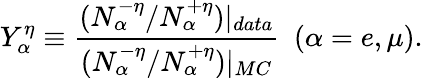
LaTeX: Y_{\alpha}^{\eta}\equiv{\frac{(N_{\alpha}^{-\eta}/N_{\alpha}^{+\eta})|_{data}}{(N_{\alpha}^{-\eta}/N_{\alpha}^{+\eta})|_{MC}}}\ \ (\alpha=e,\mu).